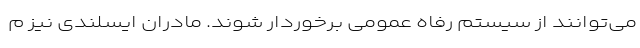
می‌توانند از سیستم رفاه عمومی برخوردار شوند. مادران ایسلندی نیز م